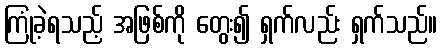
ကြုံခဲ့ရသည့် အဖြစ်ကို တွေး၍ ရှက်လည်း ရှက်သည်။